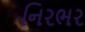
નિરભર